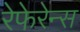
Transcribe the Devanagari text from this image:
रेफेरेन्‍स